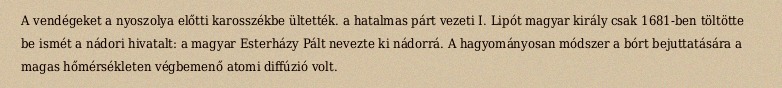
A vendégeket a nyoszolya előtti karosszékbe ültették. a hatalmas párt vezeti I. Lipót magyar király csak 1681-ben töltötte be ismét a nádori hivatalt: a magyar Esterházy Pált nevezte ki nádorrá. A hagyományosan módszer a bórt bejuttatására a magas hőmérsékleten végbemenő atomi diffúzió volt.